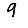
Digit: 9